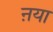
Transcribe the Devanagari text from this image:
ऩया